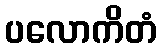
ပလောကိတံ